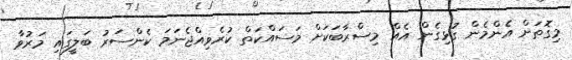
މިގޮތަށް އެންމެން ގުޅިގެން އެއް މިސްރާބަކަށް މަސައްކަތް ކުރެވިއްޖެނަމަ ކެންސަރު ބަލީގައި މަރުވާ